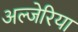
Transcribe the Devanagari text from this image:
अल्जेरिया